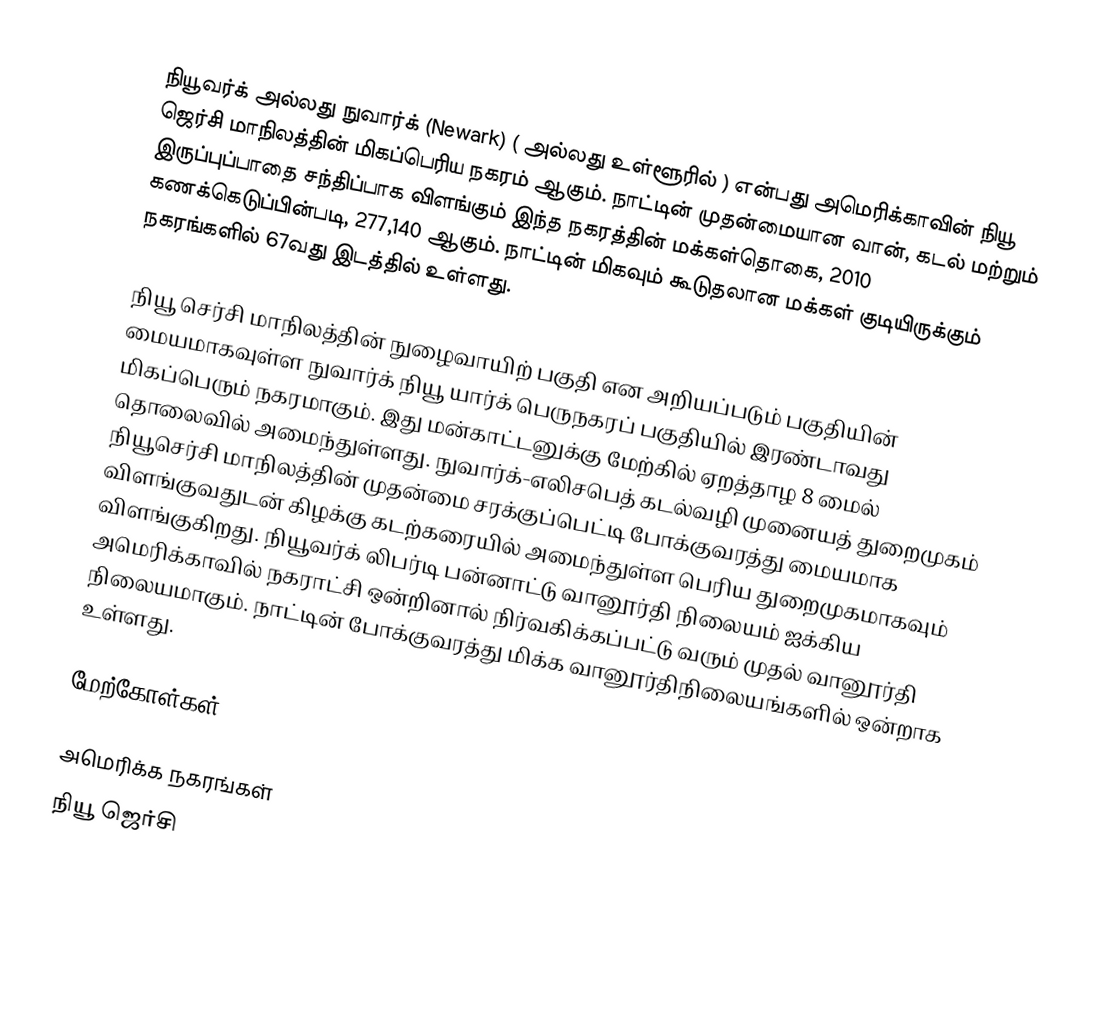
நியூவர்க் அல்லது நுவார்க் (Newark) ( அல்லது உள்ளூரில்  ) என்பது அமெரிக்காவின் நியூ ஜெர்சி மாநிலத்தின் மிகப்பெரிய நகரம் ஆகும். நாட்டின் முதன்மையான வான், கடல் மற்றும் இருப்புப்பாதை சந்திப்பாக விளங்கும் இந்த நகரத்தின் மக்கள்தொகை, 2010 கணக்கெடுப்பின்படி, 277,140 ஆகும். நாட்டின் மிகவும் கூடுதலான மக்கள் குடியிருக்கும் நகரங்களில் 67வது இடத்தில் உள்ளது.

நியூ செர்சி மாநிலத்தின் நுழைவாயிற் பகுதி என அறியப்படும் பகுதியின் மையமாகவுள்ள நுவார்க் நியூ யார்க் பெருநகரப் பகுதியில் இரண்டாவது மிகப்பெரும் நகரமாகும். இது மன்காட்டனுக்கு மேற்கில் ஏறத்தாழ 8 மைல் தொலைவில் அமைந்துள்ளது. நுவார்க்-எலிசபெத் கடல்வழி முனையத் துறைமுகம் நியூசெர்சி மாநிலத்தின் முதன்மை சரக்குப்பெட்டி போக்குவரத்து மையமாக விளங்குவதுடன் கிழக்கு கடற்கரையில் அமைந்துள்ள பெரிய துறைமுகமாகவும் விளங்குகிறது. நியூவர்க் லிபர்டி பன்னாட்டு வானூர்தி நிலையம் ஐக்கிய அமெரிக்காவில் நகராட்சி ஒன்றினால் நிர்வகிக்கப்பட்டு வரும் முதல் வானூர்தி நிலையமாகும். நாட்டின் போக்குவரத்து மிக்க வானூர்திநிலையங்களில் ஒன்றாக உள்ளது.

மேற்கோள்கள்

அமெரிக்க நகரங்கள்
நியூ ஜெர்சி